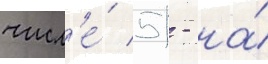
числ'е́ 51 - на́